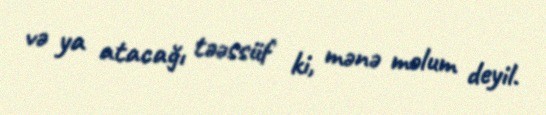
və ya atacağı təəssüf ki, mənə məlum deyil.